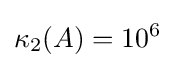
\kappa _{2}(A)=10^{6}